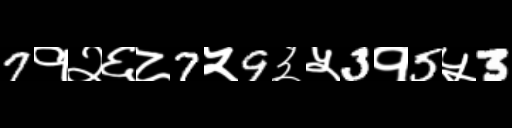
Text: 7१२६८7५9३५3१5५3